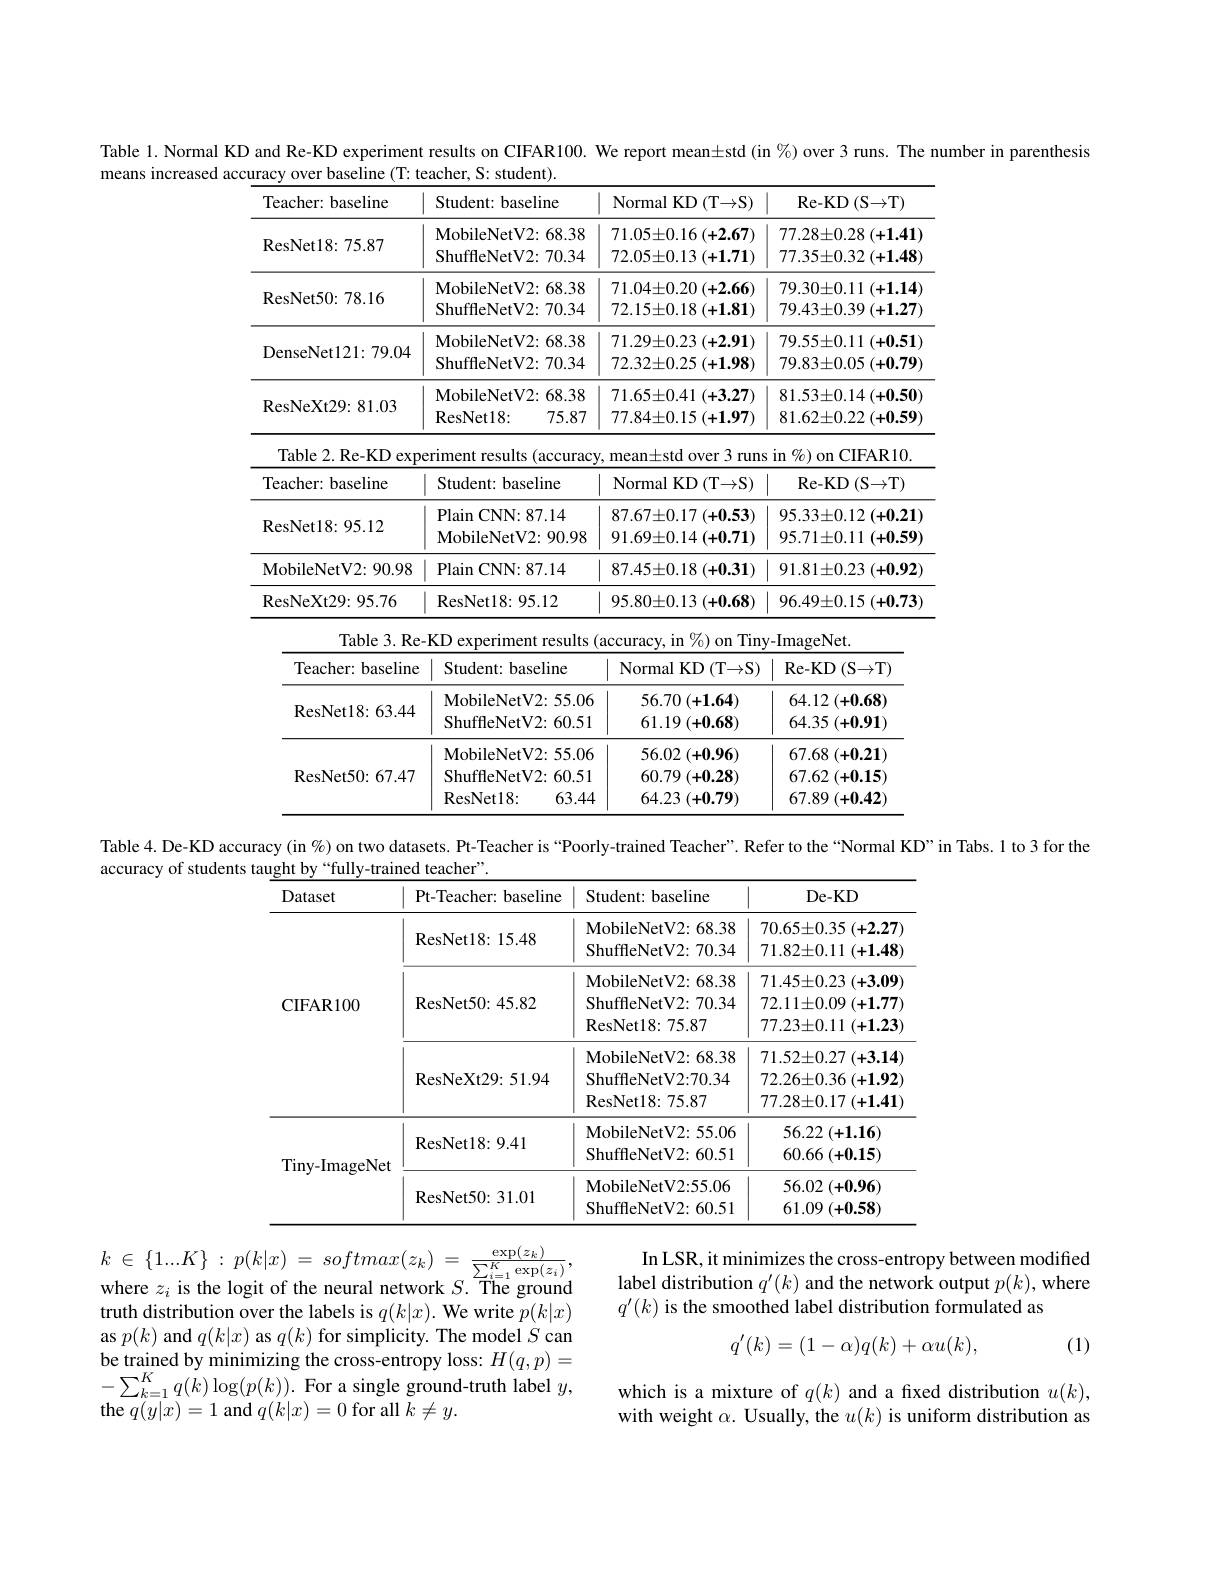
means increased

Table 1. Normal KD and Re-KD experiment results on CIFAR100. We report mean±std (in %) over 3 runs. The number in parenthesis
<table>
	<tbody>
		<tr>
			<th>Teacher: baseline</th>
			<th>Student: baseline</th>
			<th>$\operatorname{Normal}\operatorname{KD}\left(\operatorname{T}\right)$</th>
			<th>Re- KD$\left ( \mathrm{S\to T}\right )$</th>
		</tr>
		<tr>
			<td>ResNet18: 75. 87</td>
			<td>MobileNetV2: 68. 38 ${\mathrm{ShuffleNetV2:70.34}}$</td>
			<td>$71.05\pm0.16(+2.67)$ $72. 05\pm 0. 13$ (+1.71)</td>
			<td>$77. 28\pm 0. 28$ (+1.41) $77. 35\pm 0. 32$ (+1.48</td>
		</tr>
		<tr>
			<td>ResNet50: 78. 16</td>
			<td>MobileNetV2: 68. 38 ${\mathrm{ShuffleNetV2:70.34}}$</td>
			<td>$71. 04\pm 0. 20$ (+2.66) $72.15\pm0.18(+1.81)$</td>
			<td>$79. 30\pm 0. 11$ (+1.14) $79.43\pm0.39\left(+1.27\right)$</td>
		</tr>
		<tr>
			<td>DenseNet121:79.04</td>
			<td>MobileNetV2: 68. 38 ${\mathrm{ShuffleNetV2:70.34}}$</td>
			<td>$71. 29\pm 0. 23$ (+2.91) $72.32\pm0.25\left(+1.98\right)$</td>
			<td>$79. 55\pm 0. 11$ (+0.51) $79. 83\pm 0. 05$ (+0.79)</td>
		</tr>
		<tr>
			<td>ResNeXt29: 81. 03</td>
			<td>MobileNetV2: 68. 38 ResNet18: 75.87</td>
			<td>$71. 65\pm 0. 41$ (+3.27) $77. 84\pm 0. 15$ (+1.97)</td>
			<td>$81.53\pm0.14\left(+0.50\right)$ $81.62\pm0.22\left(+0.59\right)$</td>
		</tr>
		<tr>
			<td>${\mathrm{Table~2.Re-KD}}$ $\exp$</td>
			<td>riment results (accuracy</td>
			<td>mean±std over 3 r runs</td>
			<td>in $\textbf{1}\% )$ on CIFAR10.</td>
		</tr>
		<tr>
			<td>Teacher: baseline</td>
			<td>Student: baseline</td>
			<td>$\operatorname{Normal}\operatorname{KD}\left(\mathrm{T}\rightarrow\mathrm{S}\right)$</td>
			<td>Re- KD$\left ( \mathrm{S\to T}\right )$</td>
		</tr>
		<tr>
			<td>ResNet18: 95. 12</td>
			<td>Plain CNN: 87. 14 ${\mathrm{MobileNetV2:90.98}}$</td>
			<td>$87.67\pm0.17\left(+0.53\right)$ $91. 69\pm 0. 14$ (+0.71)</td>
			<td>$95. 33\pm 0. 12$ (+0.21) $95. 71\pm 0. 11$ (+0.59)</td>
		</tr>
		<tr>
			<td>${\mathrm{MobileNetV2:90.98}}$</td>
			<td>Plain CNN: 87. 14</td>
			<td>$87.45\pm0.18(+0.31)$</td>
			<td>$91. 81\pm 0. 23$ (+0.92</td>
		</tr>
		<tr>
			<td>ResNeXt29: 95. 76</td>
			<td>ResNet18: 95. 12</td>
			<td>$95. 80\pm 0. 13$ (+0.68)</td>
			<td>$96.49\pm0.15(+0.73)$</td>
		</tr>
		<tr>
			<td>Table3. Re</td>
			<td>$KD$ experiment results</td>
			<td>${\mathrm{accuracy,~in~}}\%)$ on Tiny</td>
			<td>-ImageNet.</td>
		</tr>
		<tr>
			<td>Teacher: baseline</td>
			<td>Student: baseline</td>
			<td>$\operatorname{Normal}\operatorname{KD}\left(\mathrm{T}\rightarrow\mathrm{S}\right)$</td>
			<td>Re- KD$\left ( \mathrm{S} \to \mathrm{T} \right )$</td>
		</tr>
		<tr>
			<td>ResNet18: 63. 44</td>
			<td>${\mathrm{MobileNetV2:55.06}}$ ${\mathrm{ShuffleNetV2:60.51}}$</td>
			<td>56.70 (+1.64) $61.19\left(+0.68\right)$</td>
			<td>$64.12\left(+0.68\right)$ 64.35 (+0.91)</td>
		</tr>
		<tr>
			<td>ResNet50: 67. 47</td>
			<td>${\mathrm{MobileNetV2:55.06}}$ ${\mathrm{ShuffleNetV2:60.51}}$ ResNet18: 63.44</td>
			<td>56.02 (+0.96) $60.79\left(+0.28\right)$ 64.23 (+0.79)</td>
			<td>67.68 (+0.21) 67.62 (+0.15) $67.89\left(+0.42\right)$</td>
		</tr>
		<tr>
			<td> </td>
			<td>ResNet18 63.44</td>
			<td>64.23 (+0.79)</td>
			<td>$67.89\left(+0.42\right)$</td>
		</tr>
	</tbody>
</table>

Table 4. De-KD accuracy (in %) on two datasets. Pt-Teacher is “Poorly-trained Teacher”. Refer to the“Normal KD”in Tabs. 1 to 3 for the
accuracy of students taught by“fully-trained teacher”.

<table>
	<tbody>
		<tr>
			<th>Dataset</th>
			<th>Pt- Teacher: baseline</th>
			<th>Student: baseline</th>
			<th>De- KD</th>
		</tr>
		<tr>
			<td rowspan="2">$\mathbf{CIFAR100}$</td>
			<td>ResNet18: 15. 48</td>
			<td>${\mathrm{MobileNetV2:68.38}}$ ${\mathrm{ShuffleNetV2:70.34}}$</td>
			<td>$70. 65\pm 0. 35$ (+2.27] $71. 82\pm 0. 11$ (+1.48</td>
		</tr>
		<tr>
			<td>ResNet50: 45. 82</td>
			<td>${\mathrm{MobileNetV2:68.38}}$ ${\mathrm{ShuffleNetV2:70.34}}$ ResNet18: 75. 87</td>
			<td>$71. 45\pm 0. 23$ (+3.09 $72.11\pm0.09\left(+\mathbf{1}.77\right]$ $77. 23\pm 0. 11$ (+1.23</td>
		</tr>
		<tr>
			<td> </td>
			<td>ResNeXt29: 51. 94</td>
			<td>${\mathrm{MobileNetV2:68.38}}$ ${\mathrm{ShuffleNetV2:70.34}}$ ResNet18: 75. 87</td>
			<td>$71. 52\pm 0. 27$ (+3.14) $72.26\pm0.36\left(+1.92\right]$ $77.28\pm0.17\left(+1.41\right)$</td>
		</tr>
		<tr>
			<td rowspan="2">Tiny-ImageNet</td>
			<td>ResNet18: 9. 41</td>
			<td>MobileNetV2: 55. 06 ${\mathrm{ShuffleNetV2:60.51}}$</td>
			<td>56.22 (+1.16) 60.66 (+0.15)</td>
		</tr>
		<tr>
			<td>ResNet50: 31. 01</td>
			<td>MobileNetV2: 55. 06 ${\mathrm{ShuffleNetV2:60.51}}$</td>
			<td>56.02 (+0.96) $61.09\left(+0.58\right)$</td>
		</tr>
	</tbody>
</table>

$k$ $\in$ $\{ 1. . . K\}$ : $p( k| x)$ = $softmax( z_{k})$ = $\frac {\exp ( z_{k}) }{\sum _{i= 1}^{K}\exp ( z_{i}) }$, where $z_i$ is the logit of the neural network $S.$ The ground truth distribution over the labels is $q(k|x).$ We write $p(k|x)$ as $p(k)$ and $q(k|x)$ as $q(k)$ for simplicity. The model $S$ can be trained by minimizing the cross-entropy loss: $H(q,p)=$ $-\sum_{k=1}^{K}q(k)\log(p(k)).$For a single ground-truth label $y$, the $q(y|x)=1$ and $q(k|x)=0$ for all $k\neq y.$

In LSR, it minimizes the cross-entropy between modified label distribution $q^\prime(k)$ and the network output $p(k)$, where $q^{\prime}(k)$ is the smoothed label distribution formulated as
$$q'(k)=(1-\alpha)q(k)+\alpha u(k),$$
(1)

which is a mixture of $q(k)$ and a fixed distribution $u(k)$, with weight $\alpha.$ Usually, the $u(k)$ is uniform distribution as